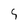
Character: q